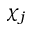
\chi _ { j }